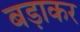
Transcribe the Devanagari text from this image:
बड़ाकर